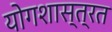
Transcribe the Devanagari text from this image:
योगशास्त्रत